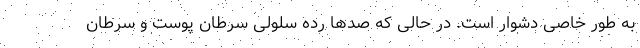
به طور خاصی دشوار است. در حالی که صدها رده سلولی سرطان پوست و سرطان